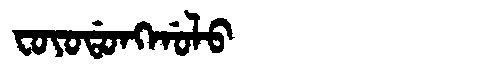
Manchu: ᠸᠣᠶᠣᡩᠣᠩᡤᠣᠯᠣ
Romanization: FOYODONGGOLO